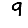
Digit: 9